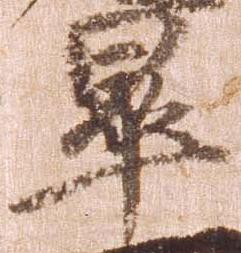
畢